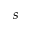
s